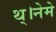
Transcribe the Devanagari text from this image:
थ्।नेमे